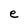
Character: e